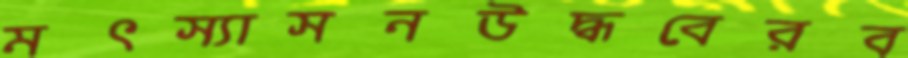
মৎস্যাসনউদ্ধবেরব